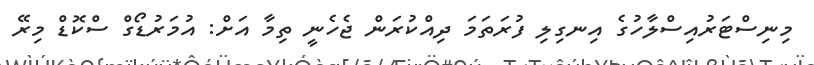
މިނިސްޓަރުއިސްލާހުގެ އިނގިލި ފުރަތަމަ ދިއްކުރަން ޖެހެނީ ތިމާ އަށް: އުމަރުޑޯގް ސްކޮޑް މިރޭ